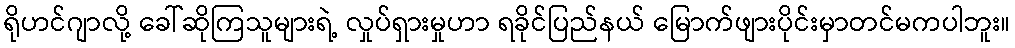
ရိုဟင်ဂျာလို့ ခေါ်ဆိုကြသူများရဲ့ လှုပ်ရှားမှုဟာ ရခိုင်ပြည်နယ် မြောက်ဖျားပိုင်းမှာတင်မကပါဘူး။